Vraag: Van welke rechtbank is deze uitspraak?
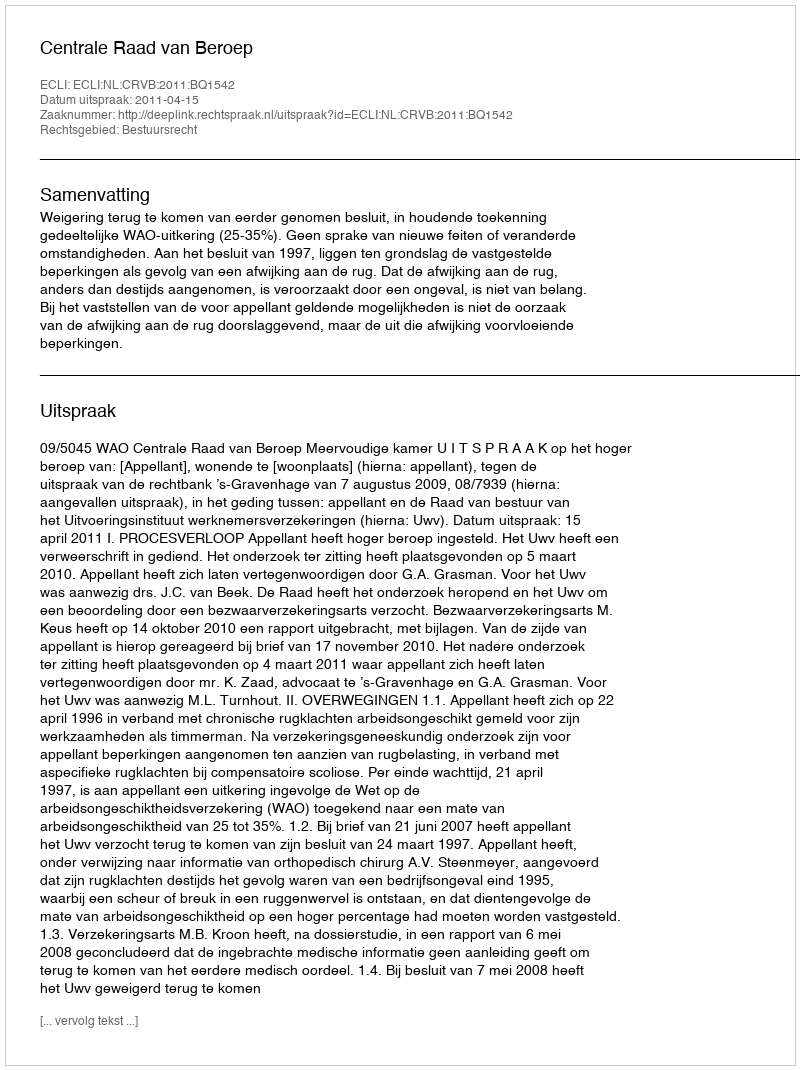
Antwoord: Centrale Raad van Beroep